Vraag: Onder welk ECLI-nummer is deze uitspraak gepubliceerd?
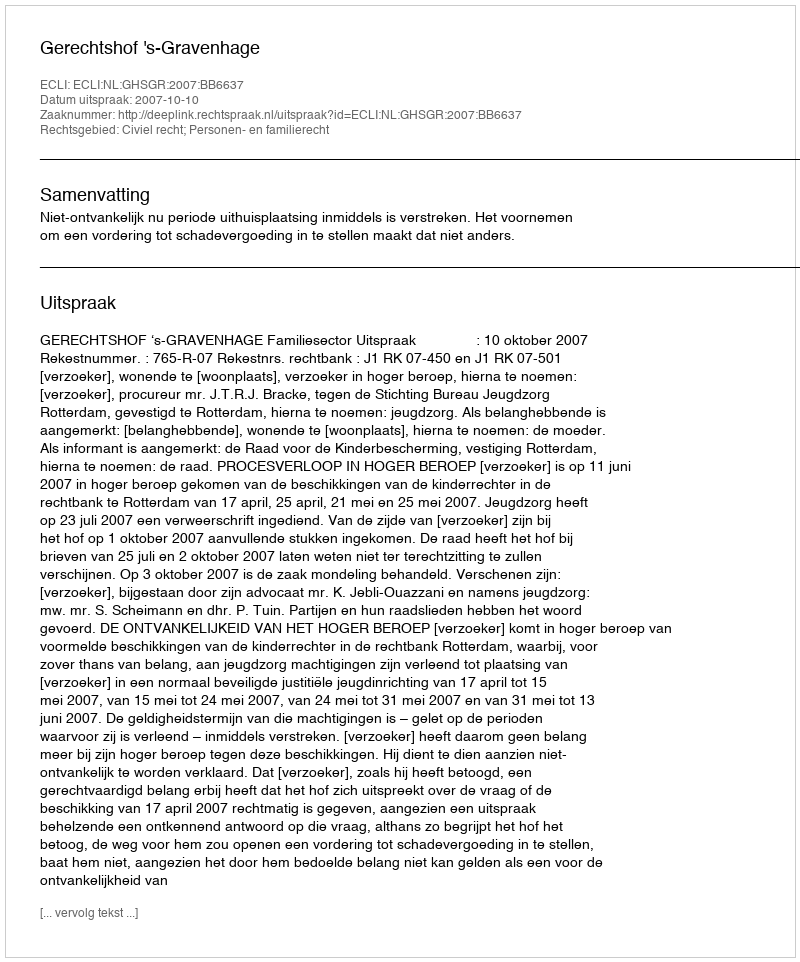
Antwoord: ECLI:NL:GHSGR:2007:BB6637